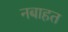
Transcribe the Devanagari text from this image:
नबाहत